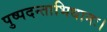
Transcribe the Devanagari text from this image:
पुष्पदन्ताभिधानः।